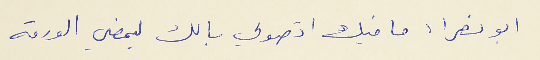
ابو نصرا : ما فيك اتصولي بالك ليمضي الورقه